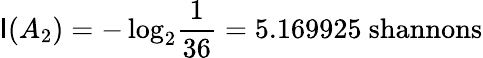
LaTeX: \operatorname{\mathsf{I}}(A_{2})=-\log_{2}\! {\frac{{1}}{{36}}}=5.169925{\mathrm{{~shannons}}}